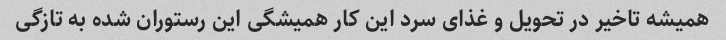
همیشه تاخیر در تحویل و غذای سرد این کار همیشگی این رستوران شده به تازگی